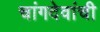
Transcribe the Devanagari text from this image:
चांगदेवांची